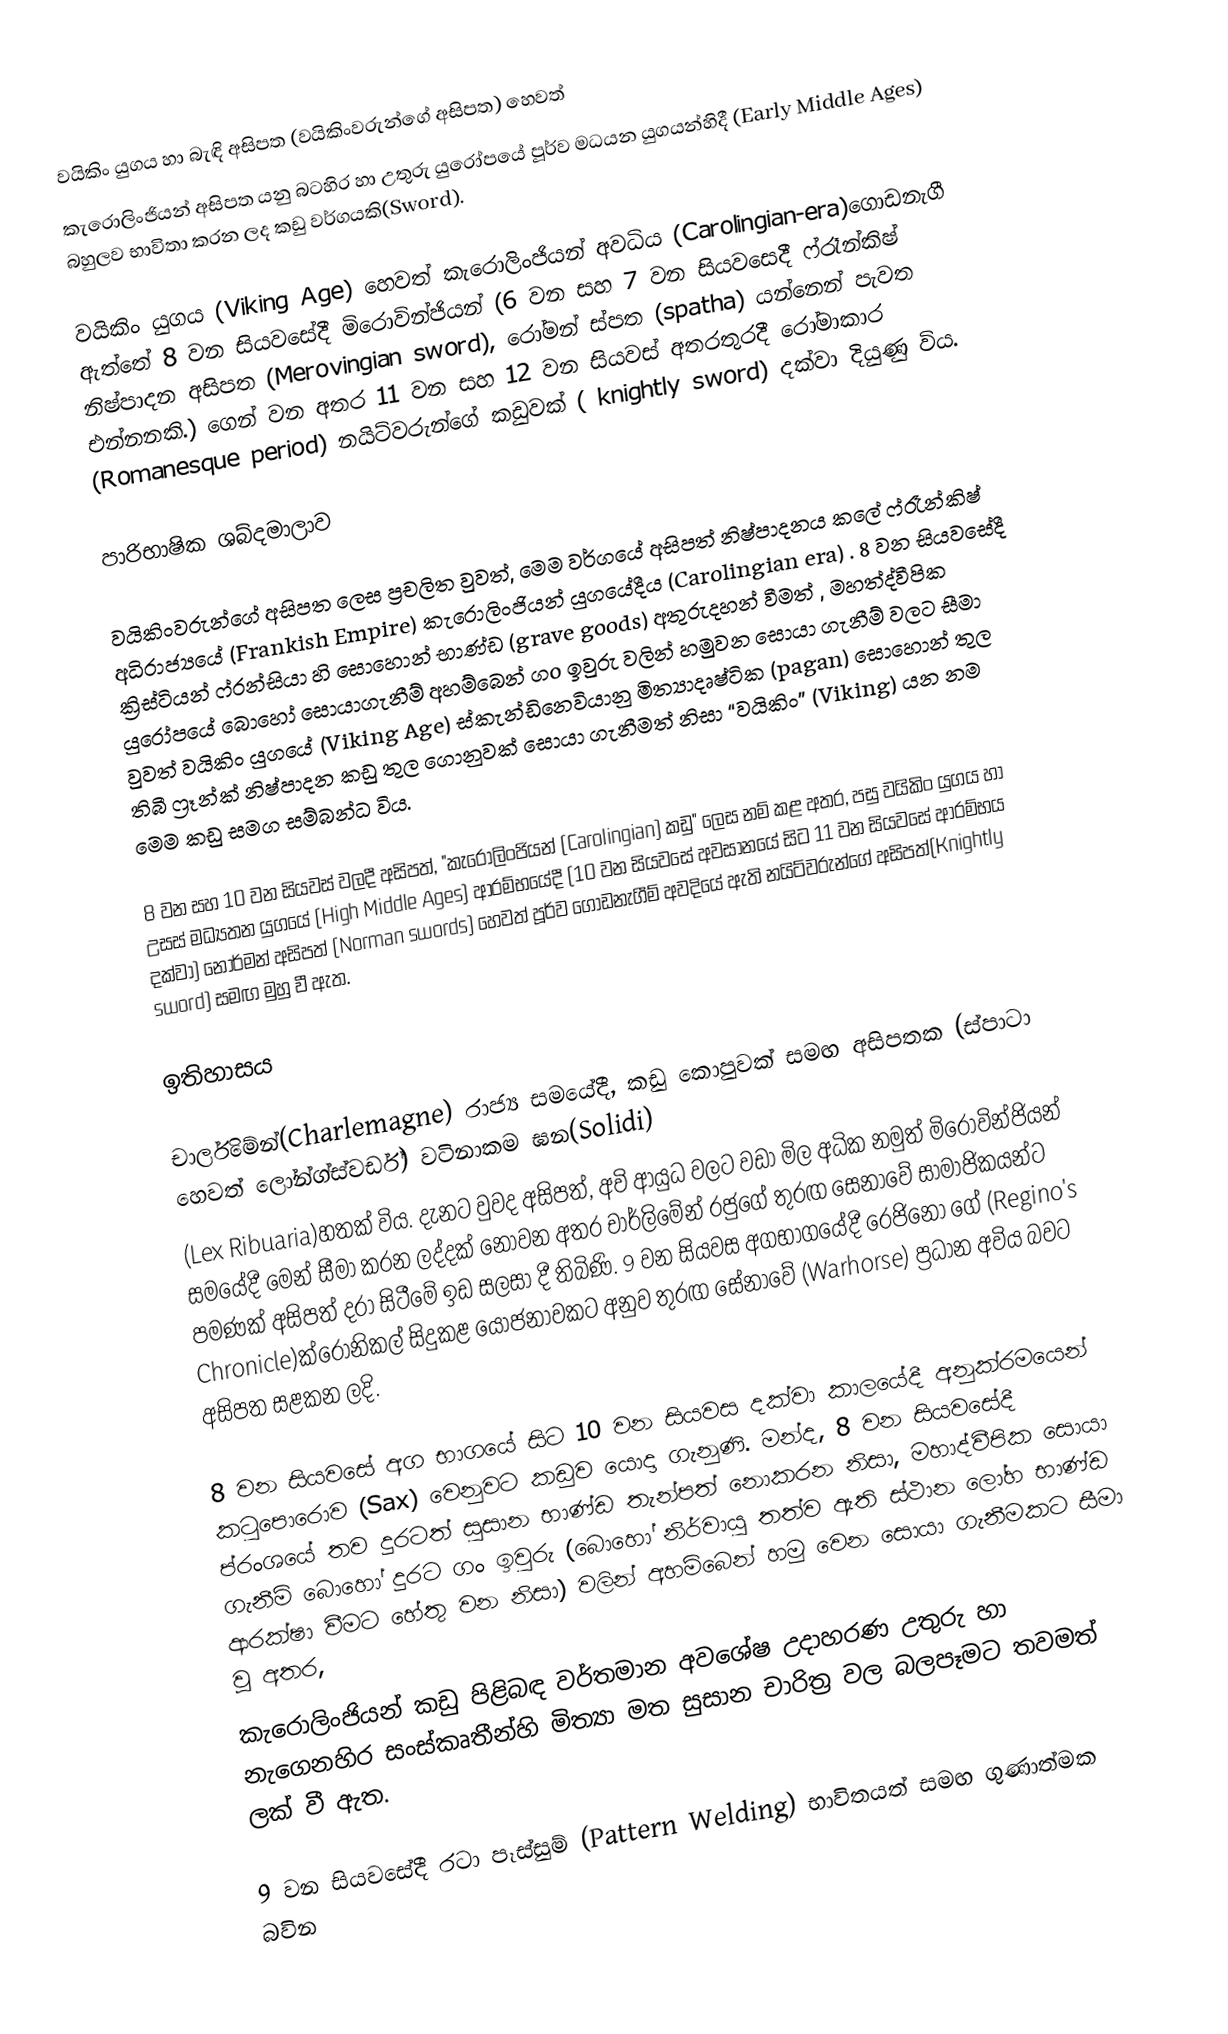
වයිකිං යුගය හා බැඳි අසිපත (වයිකිංවරුන්ගේ අසිපත) හෙවත්
කැරොලිංජියන් අසිපත යනු බටහිර හා උතුරු යුරෝපයේ පූර්ව මධයන යුගයන්හිදී (Early Middle Ages) බහුලව භාවිතා කරන ලද කඩු වර්ගයකි(Sword).

වයිකිං යුගය (Viking Age) හෙවත් කැරොලිංජියන් අවධිය (Carolingian-era)ගොඩනැගී ඇත්තේ 8 වන සියවසේදී  මිරොවින්ජියන් (6 වන සහ 7 වන සියවසෙදී ෆ්රෑන්කිෂ් නිෂ්පාදන අසිපත (Merovingian sword), රෝමන් ස්පත (spatha) යන්නෙන් පැවත එන්නනකි.) ගෙන් වන අතර 11 වන සහ 12 වන සියවස් අතරතුරදී රෝමාකාර (Romanesque period) නයිට්වරුන්ගේ කඩුවක් ( knightly sword) දක්වා දියුණු විය.

පාරිභාෂික ශබ්දමාලාව

වයිකිංවරුන්ගේ අසිපත ලෙස ප්‍රචලිත වුවත්, මෙම වර්ගයේ අසිපත් නිෂ්පාදනය කලේ ෆ්රෑන්කිෂ් අධිරාජ්‍යයේ (Frankish Empire) කැරොලිංජියන් යුගයේදීය (Carolingian era) . 8 වන සියවසේදී ක්‍රිස්ටියන් ෆ්රන්සියා හි සොහොන් භාණ්ඩ (grave goods) අතුරුදහන් වීමත් , මහත්ද්වීපික යුරෝපයේ බොහෝ සොයාගැනීම් අහම්බෙන් ගo  ඉවුරු වලින් හමුවන සොයා ගැනීම් වලට සීමා වුවත් වයිකිං යුගයේ (Viking Age) ස්කැන්ඩිනෙවියානු මිත්‍යාදෘෂ්ටික (pagan) සොහොන් තුල තිබී ෆ්‍රෑන්ක් නිෂ්පාදන  කඩු තුල ගොනුවක් සොයා ගැනීමත් නිසා “වයිකිං” (Viking) යන නම මෙම කඩු සමග සම්බන්ධ විය.

8 වන සහ 10 වන සියවස් වලදී අසිපත්, "කැරොලිංජියන් (Carolingian) කඩු" ලෙස නම් කළ අතර, පසු වයිකිං යුගය හා උසස් මධ්‍යතන යුගයේ (High Middle Ages) ආරම්භයේදී (10 වන සියවසේ අවසානයේ සිට 11 වන සියවසේ ආරම්භය දක්වා) නෝර්මන් අසිපත් (Norman swords) හෙවත් පූර්ව ගොඩනැගීම් අවදියේ ඇති නයිට්වරුන්ගේ අසිපත්(Knightly sword) සමඟ මුහු වී ඇත.

ඉතිහාසය

චාර්ලිමේන්(Charlemagne) රාජ්‍ය සමයේදී, කඩු කොපුවක් සමඟ අසිපතක (ස්පාටා හෙවත් ලෝන්ග්ස්වර්ඩ්) වටිනාකම ඝන(Solidi)
(Lex Ribuaria)හතක් විය. දැනට වුවද අසිපත්, අවි ආයුධ වලට වඩා මිල අධික නමුත් මිරොවින්ජියන් සමයේදී මෙන් සීමා කරන ලද්දක් නොවන අතර චාර්ලිමේන් රජුගේ තුරඟ සෙනාවේ සාමාජිකයන්ට පමණක් අසිපත් දරා සිටීමේ ඉඩ සලසා දී තිබිණි. 9 වන සියවස අගභාගයේදී රෙජිනෝ ගේ (Regino's Chronicle)ක්රොනිකල් සිදුකළ යෝජනාවකට අනුව තුරඟ සේනාවේ (Warhorse) ප්‍රධාන අවිය බවට අසිපත සළකන ලදි.

8 වන සියවසේ අග භාගයේ සිට 10 වන සියවස දක්වා කාලයේදී අනුක්රමයෙන් කටුපොරොව (Sax) වෙනුවට කඩුව යොදා ගැනුණි. මන්ද, 8 වන සියවසේදී ප්රංශයේ තව දුරටත් සුසාන භාණ්ඩ තැන්පත් නොකරන නිසා, මහාද්වීපික සොයා ගැනීම් බොහෝ දුරට ගං ඉවුරු (බොහෝ නිර්වායු තත්ව ඇති ස්ථාන ලෝහ භාණ්ඩ ආරක්ෂා වීමට හේතු වන නිසා) වලින් අහම්බෙන් හමු වෙන සොයා ගැනීමකට සීමා වූ අතර,
කැරොලිංජියන් කඩු පිළිබඳ වර්තමාන අවශේෂ උදාහරණ උතුරු හා නැගෙනහිර සංස්කෘතීන්හි මිත්‍යා මත සුසාන චාරිත්‍ර වල බලපෑමට තවමත් ලක් වී ඇත.

9 වන සියවසේදී රටා පෑස්සුම් (Pattern Welding) භාවිතයත් සමඟ ගුණාත්මක බවින